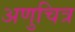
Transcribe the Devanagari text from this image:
अणुचित्र